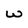
Character: W